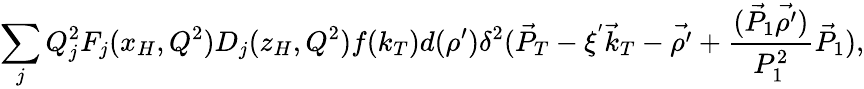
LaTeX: \sum_{j}Q_{j}^{2}F_{j}(x_{H},Q^{2})D_{j}(z_{H},Q^{2})f(k_{T})d(\rho^{\prime})\delta^{2}(\vec{P}_{T}-\xi^{'}{\vec{k}}_{T}-\vec{\rho^{\prime}}+{\frac{(\vec{P}_{1}\vec{\rho^{\prime}})}{P_{1}^{2}}}\vec{P}_{1}),